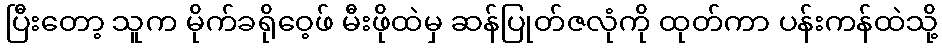
ပြီးတော့ သူက မိုက်ခရိုဝေ့ဖ် မီးဖိုထဲမှ ဆန်ပြုတ်ဇလုံကို ထုတ်ကာ ပန်းကန်ထဲသို့